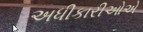
અધીકારીઓએ